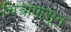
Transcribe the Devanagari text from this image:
चित्रापासून